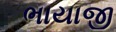
ભાયાજી